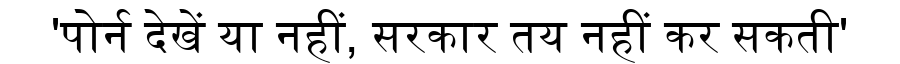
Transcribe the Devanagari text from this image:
'पोर्न देखें या नहीं, सरकार तय नहीं कर सकती'